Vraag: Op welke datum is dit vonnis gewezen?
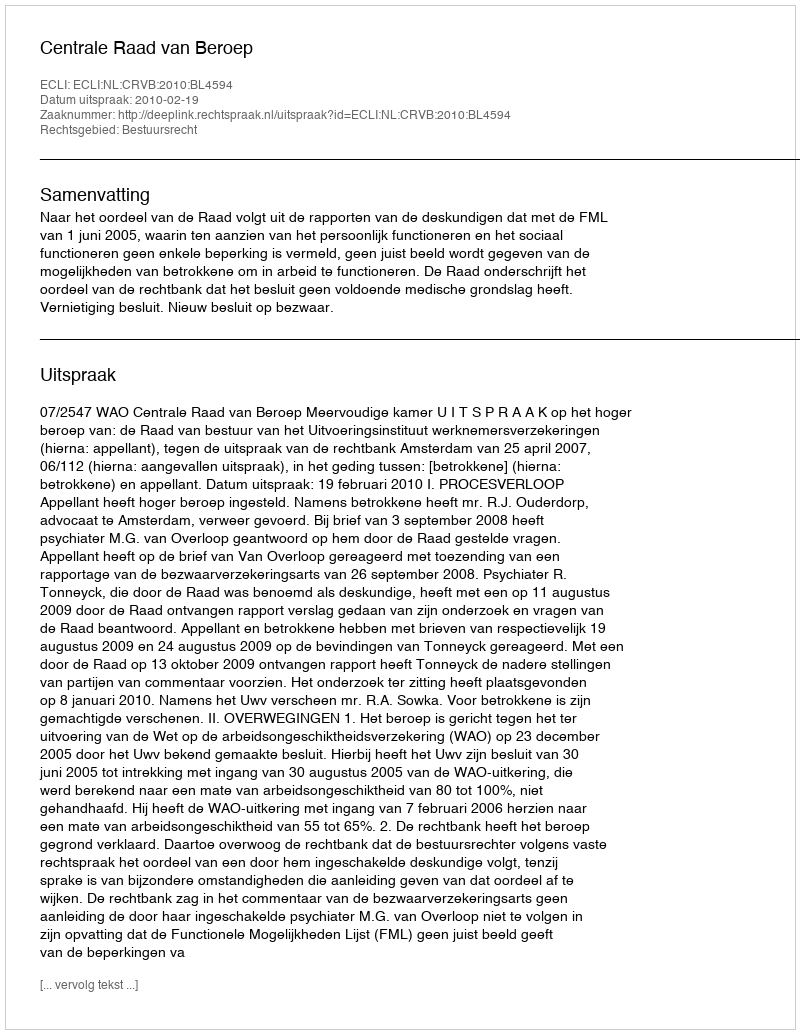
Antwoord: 2010-02-19